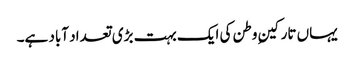
یہاں تارکینِ وطن کی ایک بہت بڑی تعداد آباد ہے۔